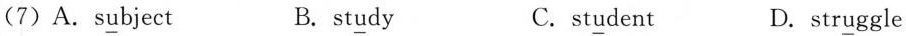
(7)A.s\underline{u}bject B. st\underline{u}dy C.st\underline{u}dent D.str\underline{u}ggle